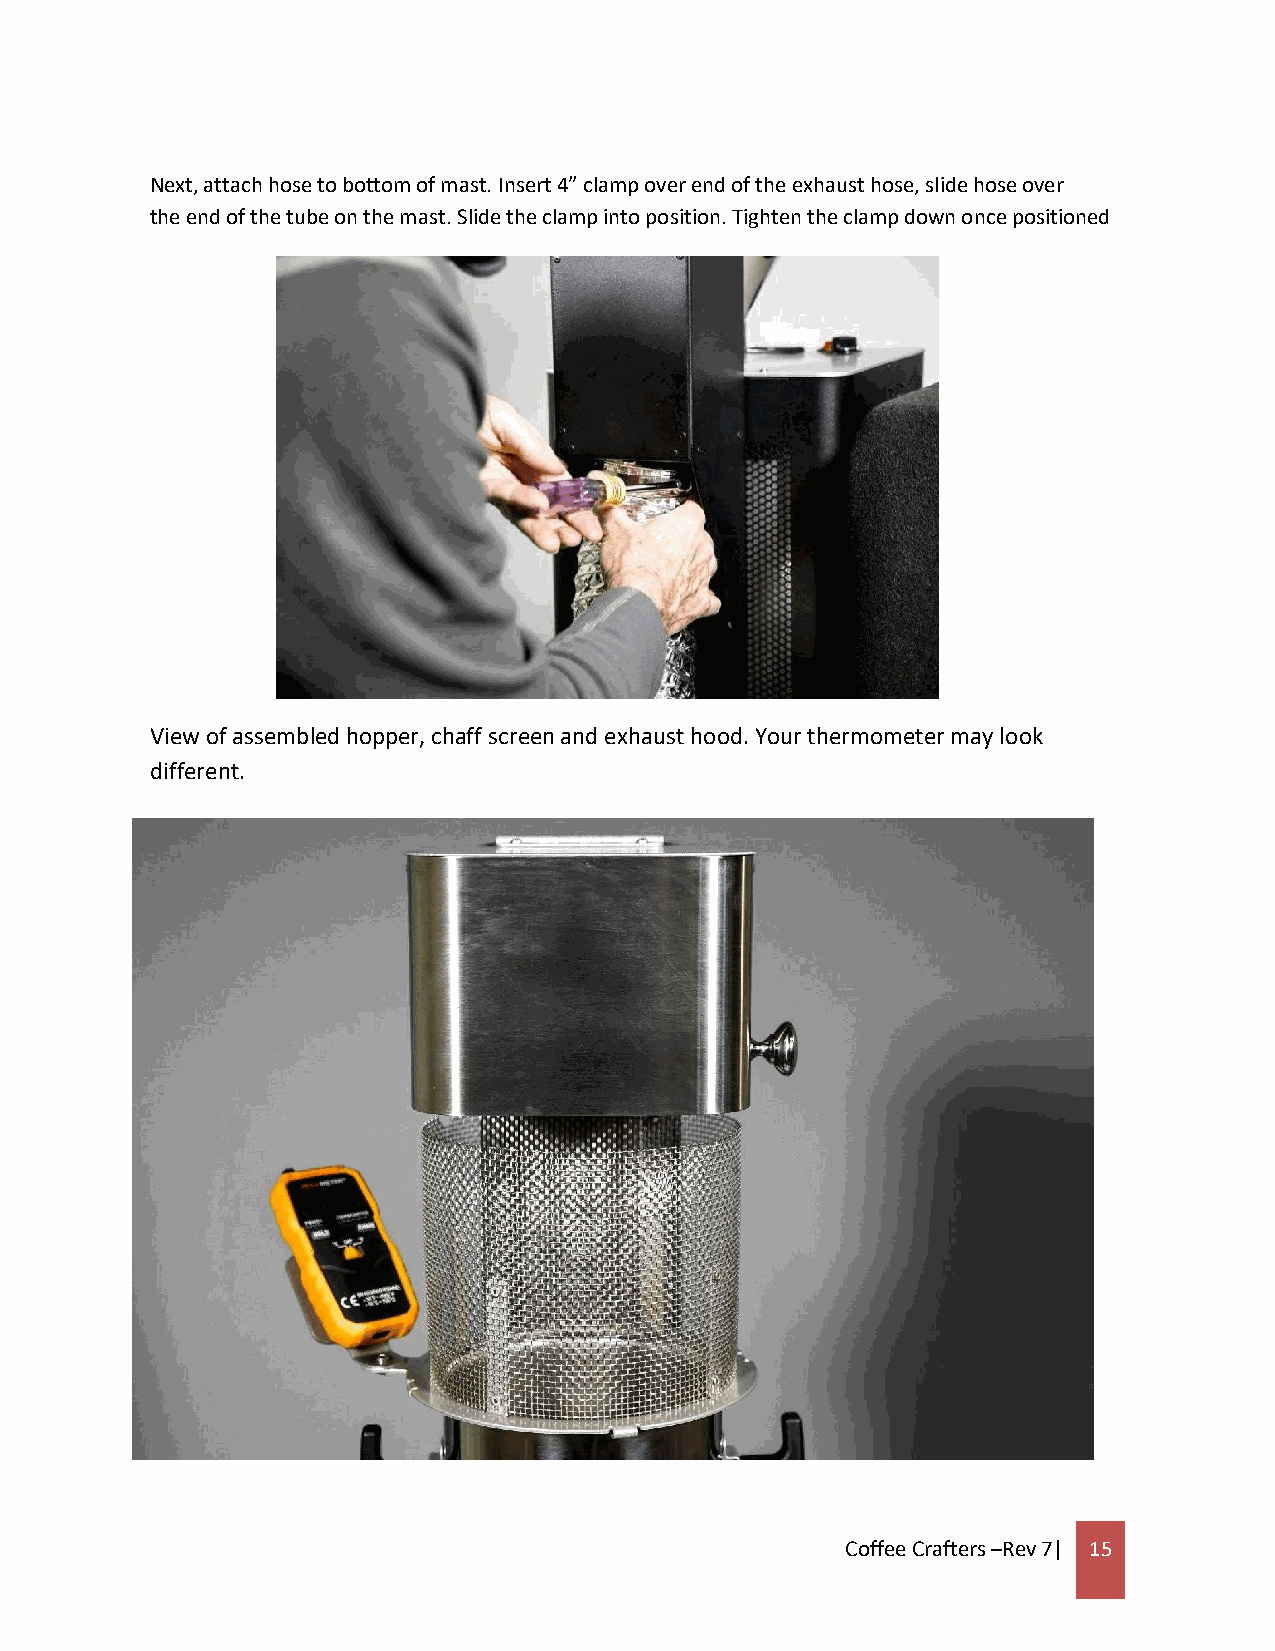
Next, attach hose to bottom of mast. Insert 4” clamp over end of the exhaust hose, slide hose over
 the end of the tube on the mast. Slide the clamp into position. Tighten the clamp down once positioned
 View of assembled hopper, chaff screen and exhaust hood. Your thermometer may look
 different.
 Coffee Crafters –Rev 7| 15